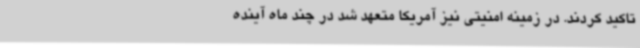
تاکید کردند. در زمینه امنیتی نیز آمریکا متعهد شد در چند ماه آینده